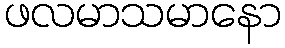
ဖလမာသမာနော